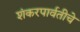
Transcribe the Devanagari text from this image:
शंकरपार्वतीचे